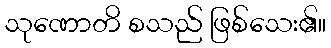
သုဏောတိ စသည် ဖြစ်သေး၏။